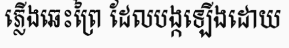
ភ្លើងឆេះព្រៃ ដែលបង្កឡើងដោយ